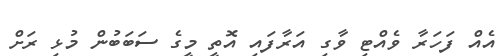
އެއް ފަހަރާ ވެއްޓި ވާގި އަރާފައި އޮތީ މީގެ ސަބަބުން މުޅި ރަށް